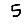
Digit: 5